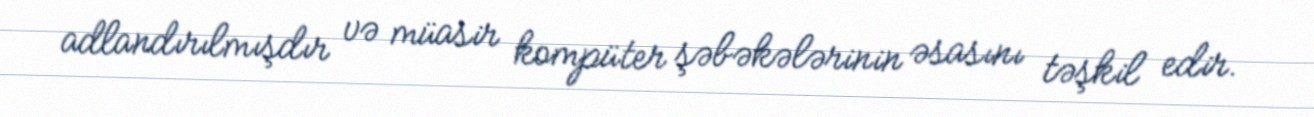
adlandırılmışdır və müasir kompüter şəbəkələrinin əsasını təşkil edir.